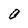
Character: O